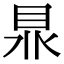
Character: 𥅀